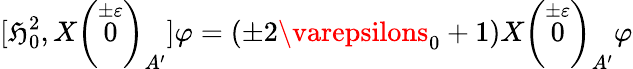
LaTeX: [\mathfrak{H}_{0}^{2},X\left(\stackrel{\pm\varepsilon}{0}\right)_{A^{\prime}}]\varphi=(\pm2\varepsilons_{0}+1)X\left(\stackrel{\pm\varepsilon}{0}\right)_{A^{\prime}}\varphi